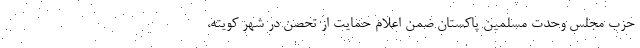
حزب مجلس وحدت مسلمین پاکستان ضمن اعلام حمایت از تحصن در شهر کویته،